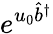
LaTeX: e^{u_{0}\hat{b}^{\dagger}}